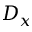
D _ { x }